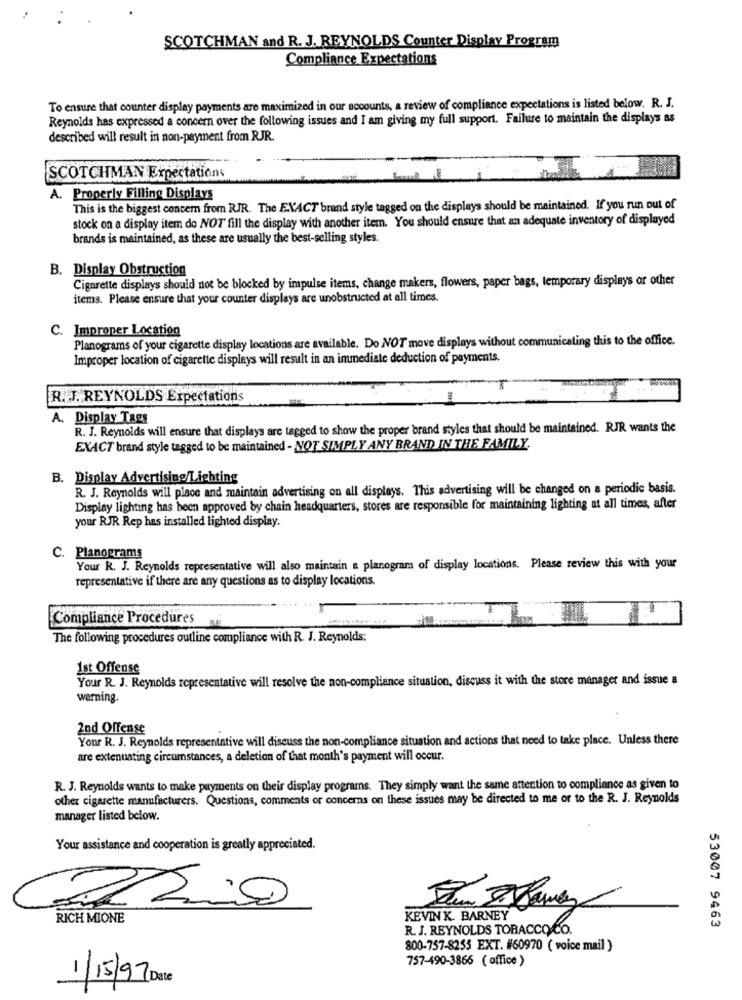
SCOTCHMAN and R. J. REYNOLDS Counter Display Program
Compliance Expectations
To ensure that counter display payments are maximized in our accounts, a review of compliance expectations is listed below. R. J.
Reynolds has expressed a concern over the following issues and I am giving my full support. Failure to maintain the displays as
described will result in non-payment from RJR.
SCOTCHMAN Expectations
A. Properly Filling Displays
This is the biggest concern from RJR. The EXACT brand style tagged on the displays should be maintained. If you run out of
stock on a display item do NOT fill the display with another item. You should ensure that an adequate inventory of displayed
brands is maintained, as these are usually the best-selling styles.
B. Display Obstruction
Cigarette displays should not be blocked by impulse items, change makers, flowers, paper bags, temporary displays or other
items. Please ensure that your counter displays are unobstructed at all times.
C. Improper Location
Planograms of your cigarette display locations are available. Do NOT move displays without communicating this to the office.
Improper location of cigarette displays will result in an immediate deduction of payments.
R. J. REYNOLDS Expectations
A. Display Tags
R. J. Reynolds will ensure that displays are tagged to show the proper brand styles that should be maintained. RJR wants the
EXACT brand style tagged to be maintained - NOT SIMPLY ANY BRAND IN THE FAMILY.
B. Display Advertising/Lighting
R. J. Reynolds will place and maintain advertising on all displays. This advertising will be changed on a periodic basis.
Display lighting has been approved by chain headquarters, stores are responsible for maintaining lighting at all times, after
your RJR Rep has installed lighted display.
C. Planograms
Your R. J. Reynolds representative will also maintain & planogram of display locations. Please review this with your
representative if there are any questions as to display locations.
Compliance Procedures
The following procedures outline compliance with R. J. Reynolds;
1st Offense
Your R. J. Reynolds representative will resolve the non-compliance situation, discuss it with the store manager and issue a
warning.
2nd Offense
Your R. J. Reynolds representative will discuss the non-compliance situation and actions that need to take place. Unless there
are extenuating circumstances, a deletion of that month's payment will occur.
R. J. Reynolds wants to make payments on their display programs. They simply want the same attention to compliance as given to
other cigarette manufacturers. Questions, comments or concerns on these issues may be directed to me or to the R. J. Reynolds
manager listed below.
Your assistance and cooperation is greatly appreciated.
RICH MIONE
KEVIN K. BARNEY
R. J. REYNOLDS TOBACCO CO.
53007 9463
800-757-8253 EXT. #60970 ( voice mail )
757-490-3866 ( office )
1/15/97 Date